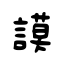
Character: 謨